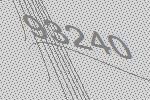
93240